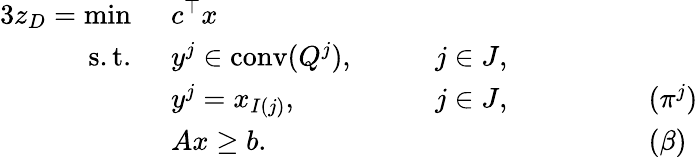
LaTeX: \begin{array}{rlrlrl}{{3}z_{D}=\operatorname*{min}\ }&{c^{\top}x}\\ {\mathrm{s.t.~}}&{y^{j}\in\mathrm{conv}(Q^{j}),\quad}&&{j\in J,}\\ &{y^{j}=x_{I(j)},}&&{j\in J,\quad}&&{\qquad(\pi^{j})}\\ &{Ax\geq b.}&&{}&&{\qquad(\beta)}\end{array}